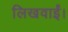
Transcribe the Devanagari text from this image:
लिखवाईं।